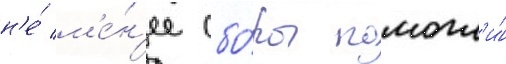
н'е́ м'е́н'ее сбо́ры помогл'и́